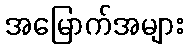
အမြောက်အများ